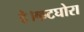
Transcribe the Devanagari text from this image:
है।कटघोरा